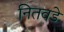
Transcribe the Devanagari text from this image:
नितवडे